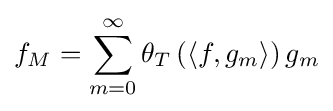
f_{M}=\sum _{m=0}^{\infty }\theta _{T}\left(\left\langle f,g_{m}\right\rangle \right)g_{m}